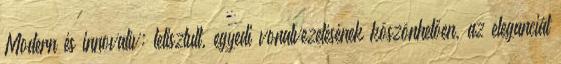
Modern és innovatív: letisztult, egyedi vonalvezetésének köszönhetően, az eleganciát